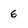
Character: 6